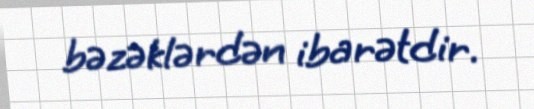
bəzəklərdən ibarətdir.